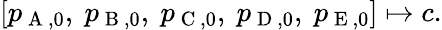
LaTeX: \left[p_{\mathrm{~A~},0},\ p_{\mathrm{~B~},0},\ p_{\mathrm{~C~},0},\ p_{\mathrm{~D~},0},\ p_{\mathrm{~E~},0}\right]\mapsto c.